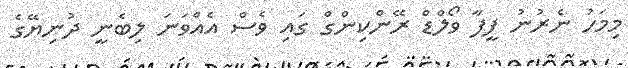
މިމަހު ނެރުނު ފީފާ ވޯލްޑް ރޭންކިންގް ގައި ވެސް އެއްވަނަ ލިބެނީ ދުނިޔޭގެ